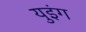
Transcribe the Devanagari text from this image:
युइंग